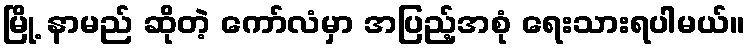
မြို့ နာမည် ဆိုတဲ့ ကော်လံမှာ အပြည့်အစုံ ရေးသားရပါမယ်။